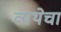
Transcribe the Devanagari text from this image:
व्यथेचा